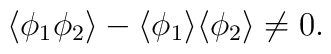
\langle \phi_1 \phi_2 \rangle - \langle \phi_1 \rangle\langle \phi_2 \rangle \neq 0.